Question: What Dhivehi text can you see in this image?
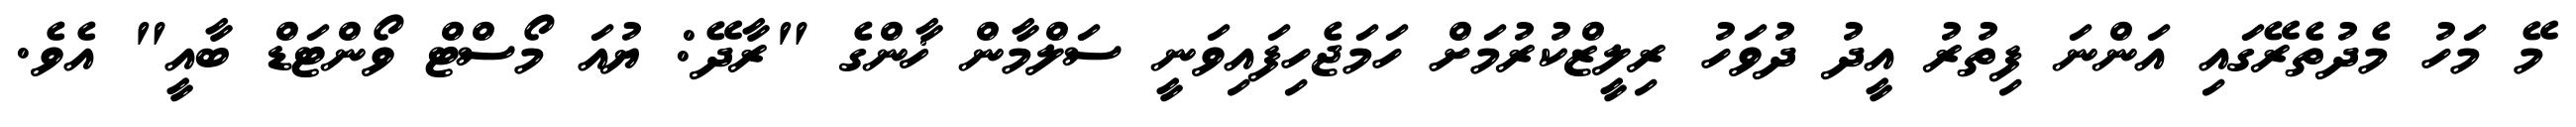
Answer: މޭ މަހު މެދުތެރޭގައި އަންނަ ފިތުރު އީދު ދުވަހު ރިލީޒްކުރުމަށް ހަމަޖެހިފައިވަނީ ސަލްމާން ޚާންގެ "ރާދޭ: ޔުއަ މޯސްޓް ވޯންޓަޑް ބާއީ" އެވެ.